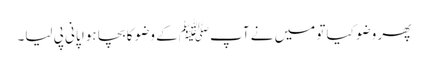
پھر وضو کیا تو میں نے آپﷺ کے وضو کا بچا ہوا پانی پی لیا۔